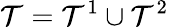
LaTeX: \mathcal{T}=\mathcal{T}^{1}\cup\mathcal{T}^{2}